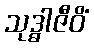
သုဒ္ဓါဇီဝိံ